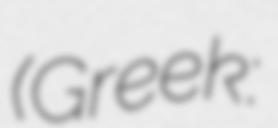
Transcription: (Greek: